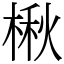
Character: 楸